Reports on dispensaries and lunatic asylums in the Province of Oudh - 1869-1876
Year: 1869
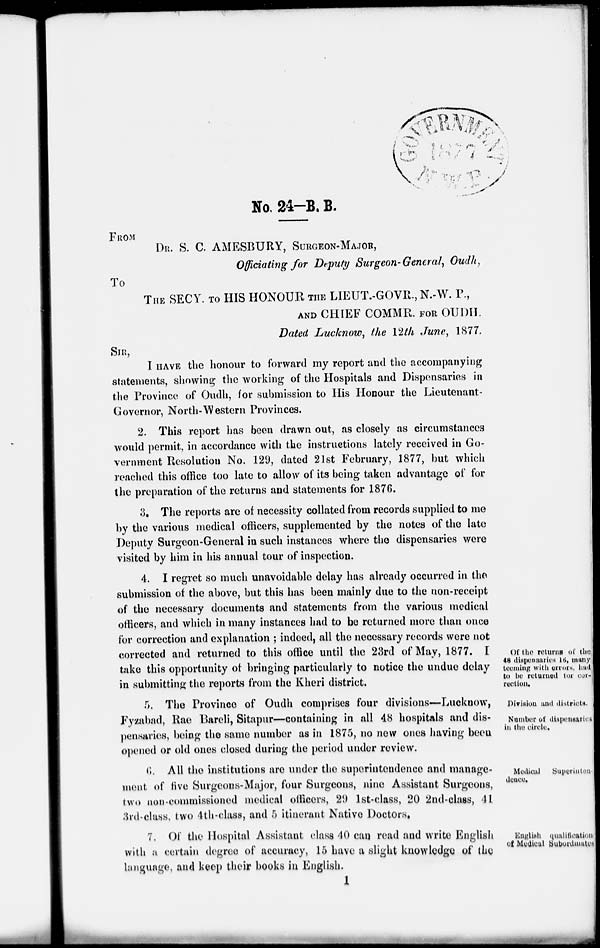
No. 24-B. B.
FROM
DR. S. C. AMESBURY, SURGEON-MAJOR,
Officiating for Deputy Surgeon-General, Oudh,
To
THE SECY. TO HIS HONOUR THE LIEUT.-GOVR., N.-W. P.,
AND CHIEF COMMR. FOR OUDH.
Dated Lucknow, the 12th June, 1877.
SIR,
I HAVE the honour to forward my report and the accompanying
statements, showing the working of the Hospitals and Dispensaries in
the Province of Oudh, for submission to His Honour the Lieutenant-
Governor, North-Western Provinces.
2. This report has been drawn out, as closely as circumstances
would permit, in accordance with the instructions lately received in Go-
vernment Resolution No. 129, dated 21st February, 1877, but which
reached this office too late to allow of its being taken advantage of for
the preparation of the returns and statements for 1876.
3. The reports are of necessity collated from records supplied to me
by the various medical officers, supplemented by the notes of the late
Deputy Surgeon-General in such instances where the dispensaries were
visited by him in his annual tour of inspection.
Of the returns of the
48 dispensaries 16, many
teeming with errors, had
to be returned for cor-
rection.
4. I regret so much unavoidable delay has already occurred in the
submission of the above, but this has been mainly due to the non-receipt
of the necessary documents and statements from the various medical
officers, and which in many instances had to be returned more than once
for correction and explanation ; indeed, all the necessary records were not
corrected and returned to this office until the 23rd of May, 1877. I
take this opportunity of bringing particularly to notice the undue delay
in submitting the reports from the Kheri district.
Division and districts.
Number of dispensaries
in the circle.
5. The Province of Oudh comprises four divisions—Lucknow,
Fyzabad, Rae Bareli, Sitapur—containing in all 48 hospitals and dis-
pensaries, being the same number as in 1875, no new ones having been
opened or old ones closed during the period under review.
Medical Superinten-
dence.
6. All the institutions are under the superintendence and manage-
ment of five Surgeons-Major, four Surgeons, nine Assistant Surgeons,
two non-commissioned medical officers, 29 1st-class, 20 2nd-class, 41
3rd-class, two 4th-class, and 5 itinerant Native Doctors,
English qualification
of Medical Subordinates
7. Of the Hospital Assistant class 40 can read and write English
with a certain degree of accuracy, 15 have a slight knowledge of the
language, and keep their books in English.
1